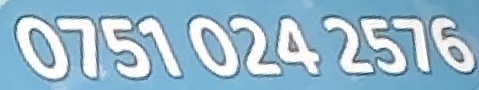
0751 024 2576